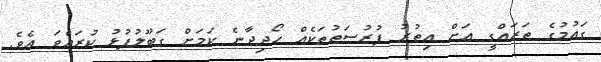
ގައުމުގެ ތަރައްގީ އަށް އިތުރު ފުރުސަތުތަކެއް ހޯދިދާނެ ކަމަށް ގަބޫލުފުޅު ކުރައްވަ އެވެ.